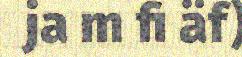
ja m fi äf)